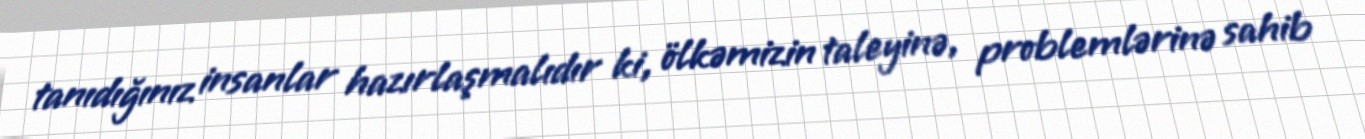
tanıdığınız insanlar hazırlaşmalıdır ki, ölkəmizin taleyinə, problemlərinə sahib